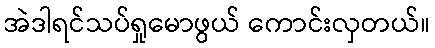
အဲဒါရင်သပ်ရှုမောဖွယ် ကောင်းလှတယ်။